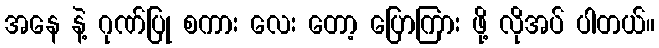
အနေ နဲ့ ဂုဏ်ပြု စကား လေး တော့ ပြောကြား ဖို့ လိုအပ် ပါတယ်။